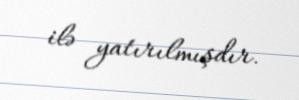
ilə yatırılmışdır.